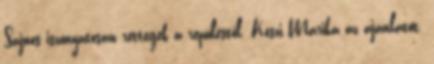
Sajnos iszonyatosan rettegek a repüléstől. Köszi Marika az ajánlatot.